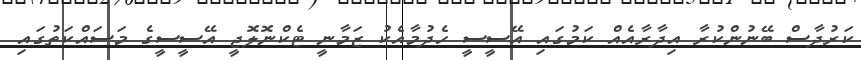
ކަރުދާސް ބޭނުންކުރާ އިދާރާއެއް ކަމުގައި އޭސީސީ ހެދުމާއެކު ޒަމާނީ ޓެކްނޮލޮޖީ އޭސީސީގެ މަސައްކަތުގައި